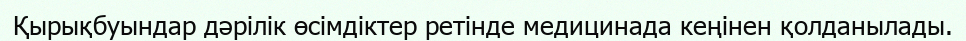
Қырықбуындар дәрілік өсімдіктер ретінде медицинада кеңінен қолданылады.